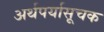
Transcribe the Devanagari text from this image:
अर्थपर्यासूचक